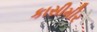
કાસીમીર